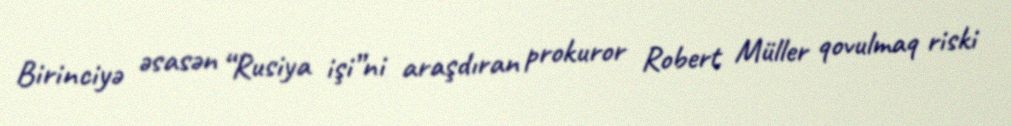
Birinciyə əsasən “Rusiya işi”ni araşdıran prokuror Robert Müller qovulmaq riski